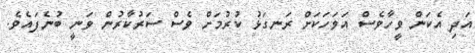
އަދި އެކަން ވީހާވެސް އަވަހަކަށް ރަނގަޅު ކުރުމަށް ވެސް ސަރުކާރުން ވަނީ ބުނެފައެވެ.